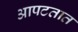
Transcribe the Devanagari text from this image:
आपटतात